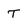
Character: T